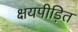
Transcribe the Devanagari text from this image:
क्षयपीड़ित